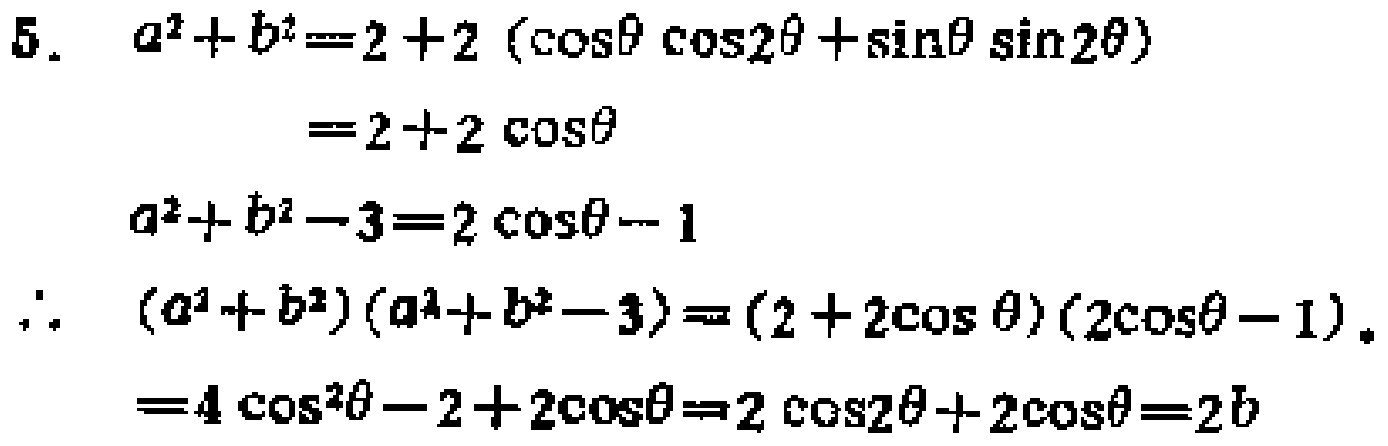
\[
\begin{align*}
5.\ a^{2}+b^{2}&=2 + 2(\cos\theta\cos2\theta+\sin\theta\sin2\theta)\\
&=2 + 2\cos\theta\\
a^{2}+b^{2}-3&=2\cos\theta - 1\\
\therefore\ (a^{2}+b^{2})(a^{2}+b^{2}-3)&=(2 + 2\cos\theta)(2\cos\theta - 1)\\
&=4\cos^{2}\theta-2 + 2\cos\theta=2\cos2\theta+2\cos\theta=2b
\end{align*}
\]